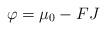
LaTeX: \begin{align*} \varphi = \mu _ 0 - F J\end{align*}